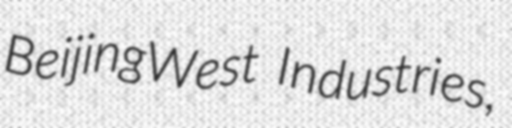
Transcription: BeijingWest Industries,